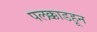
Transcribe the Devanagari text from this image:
पलक्काडहून